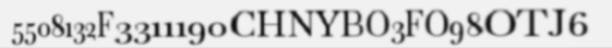
5508132F3311190CHNYBO3FO98OTJ6